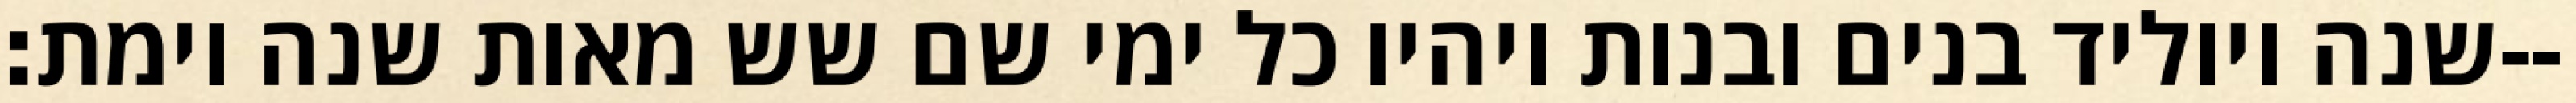
שנה ויוליד בנים ובנות ויהיו כל ימי שם שש מאות שנה וימת׃--